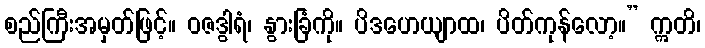
စည်ကြီးအမှတ်ဖြင့်။ ဝဇဒွါရံ၊ နွားခြံကို။ ပိဒဟေယျာထ၊ ပိတ်ကုန်လော့။” ဣတိ၊